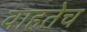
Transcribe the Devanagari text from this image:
वाहतेच